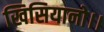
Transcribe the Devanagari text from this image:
खिसियानो।।